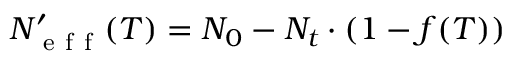
N _ { \mathrm { ~ e ~ f ~ f ~ } } ^ { \prime } ( T ) = N _ { 0 } - N _ { t } \cdot ( 1 - f ( T ) )